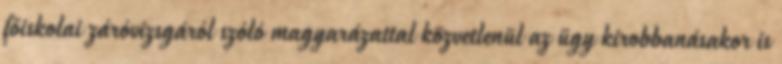
főiskolai záróvizsgáról szóló magyarázattal közvetlenül az ügy kirobbanásakor is